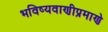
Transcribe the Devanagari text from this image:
भविष्यवाणीप्रमाणे